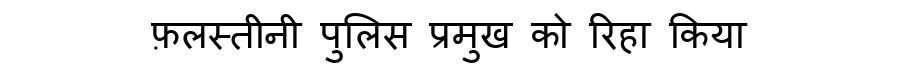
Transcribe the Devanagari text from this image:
फ़लस्तीनी पुलिस प्रमुख को रिहा किया